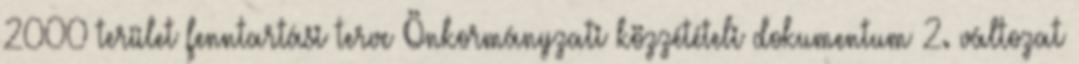
2000 terület fenntartási terve Önkormányzati közzétételi dokumentum 2. változat